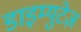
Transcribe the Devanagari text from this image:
डाइम्युटेज़